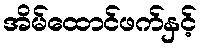
အိမ်ထောင်ဖက်နှင့်